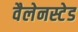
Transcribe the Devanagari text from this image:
वैलेनस्टेड